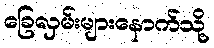
ခြေလှမ်းများနောက်သို့